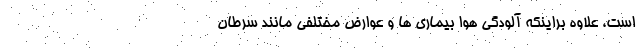
است، علاوه براینکه آلودگی هوا بیماری ها و عوارض مختلفی مانند سرطان